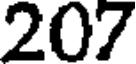
207